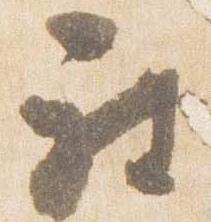
被